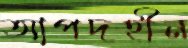
আপদহীন